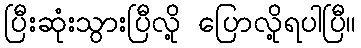
ပြီးဆုံးသွားပြီလို့ ပြောလို့ရပါပြီ။